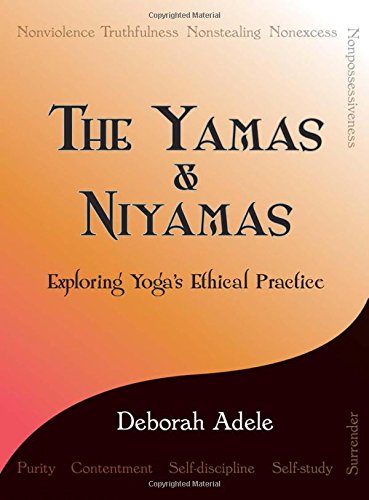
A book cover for The Yamas & Niyamas: Exploring Yoga's Ethical Practice; Deborah Adele; Self-Help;